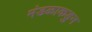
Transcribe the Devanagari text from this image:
मंडळाकडुन